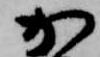
か